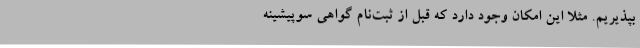
بپذیریم. مثلا این امکان وجود دارد که قبل از ثبت‌نام گواهی سوپیشینه